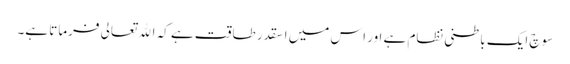
سوچ ایک باطنی نظام ہے اور اس میں اسقدر طاقت ہے کہ الله تعالی فرماتا ہے۔